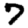
Digit: 7